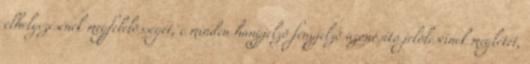
elhelyezésének megfelelõsségét, c minden hangjelzõ fényjelzõ azonosító jelöléseinek meglétét,